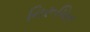
નિરૂપિત